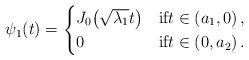
LaTeX: \begin{align*} \psi_1(t) = \begin{cases} J_0\big(\sqrt{\lambda_1} t\big) & \mbox{if} t\in(a_1,0) \,, \\ 0 & \mbox{if} t\in(0,a_2) \,. \end{cases}\end{align*}